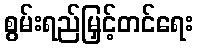
စွမ်းရည်မြှင့်တင်ရေး